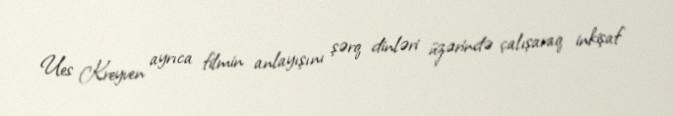
Ues Kreyven ayrıca filmin anlayışını şərq dinləri üzərində çalışaraq inkişaf